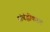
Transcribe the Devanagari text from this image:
संबंद्धीकरण